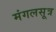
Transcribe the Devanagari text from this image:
मंगलसूत्र